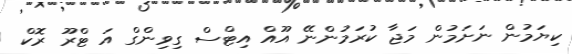
ކިޔަމުން ނަށަމުން މަޖާ ކުރަމުންނޭ އޫއް އިޓްސް ގިވިންގް އަ ޓްރޫ ރޮކް